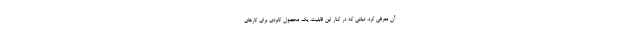
آن معرفی کرد. تبلتی که در کنار این قابلیت، یک محصول کابردی برای کارهای